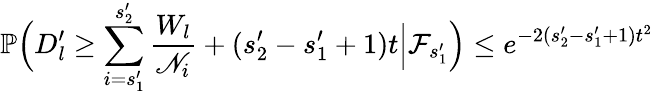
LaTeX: \mathbb{P}\Big(D_{l}^{\prime}\geq\sum_{i=s_{1}^{\prime}}^{s_{2}^{\prime}}\frac{W_{l}}{\mathscr{N}_{i}}+(s_{2}^{\prime}-s_{1}^{\prime}+1)t\Big|\mathcal{F}_{s_{1}^{\prime}}\Big)\leq e^{-2(s_{2}^{\prime}-s_{1}^{\prime}+1)t^{2}}